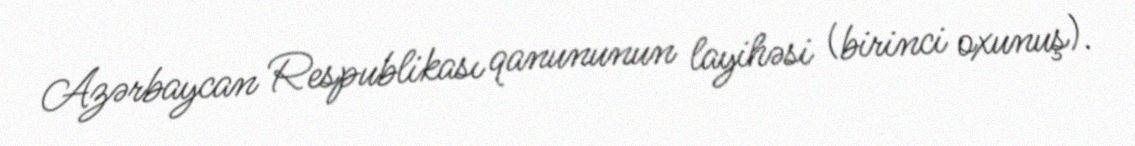
Azərbaycan Respublikası qanununun layihəsi (birinci oxunuş).